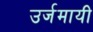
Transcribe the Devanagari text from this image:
उर्जमायी